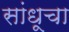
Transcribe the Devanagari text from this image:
सांधूचा